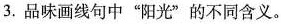
3.品味画线句中”阳光”的不同含义。